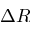
\Delta R